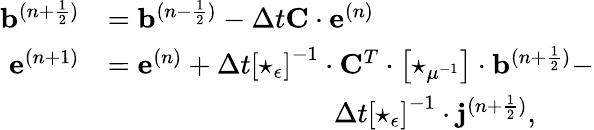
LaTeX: \begin{array}{rl}{\mathbf{b}^{(n+\frac{1}{2})}}&{=\mathbf{b}^{(n-\frac{1}{2})}-\Delta t\mathbf{C}\cdot\mathbf{e}^{(n)}}\\ {\mathbf{e}^{(n+1)}}&{=\mathbf{e}^{(n)}+\Delta t\left[\star_{\epsilon}\right]^{-1}\cdot{\mathbf{C}}^{T}\cdot\left[\star_{\mu^{-1}}\right]\cdot\mathbf{b}^{(n+\frac{1}{2})}-}\\ &{~~~~~~~~~~~~~~~~~~~~~~~~~~~~~~~~\Delta t\left[\star_{\epsilon}\right]^{-1}\cdot\mathbf{j}^{(n+\frac{1}{2})},}\end{array}